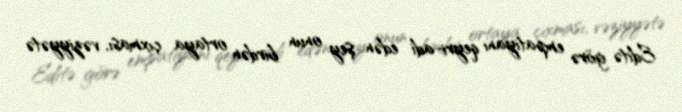
Editə görə empatiyanı qeyri-adi edən şey onun birdən ortaya çıxması, vəziyyətə